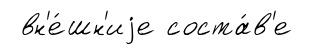
вн'е́шн'иjе соста́в'е